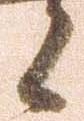
候